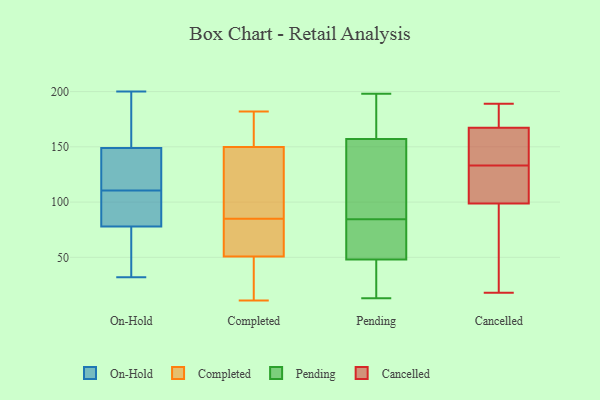
{"axis": {"x": "Budget (USD K)", "y": "Value"}, "legend": ["Cancelled", "Completed", "On-Hold", "Pending"], "data": [{"x": "", "y": 134, "type": "On-Hold"}, {"x": "", "y": 32, "type": "On-Hold"}, {"x": "", "y": 85, "type": "On-Hold"}, {"x": "", "y": 49, "type": "On-Hold"}, {"x": "", "y": 185, "type": "On-Hold"}, {"x": "", "y": 114, "type": "On-Hold"}, {"x": "", "y": 200, "type": "On-Hold"}, {"x": "", "y": 107, "type": "On-Hold"}, {"x": "", "y": 122, "type": "On-Hold"}, {"x": "", "y": 164, "type": "On-Hold"}, {"x": "", "y": 107, "type": "On-Hold"}, {"x": "", "y": 131, "type": "On-Hold"}, {"x": "", "y": 83, "type": "On-Hold"}, {"x": "", "y": 32, "type": "On-Hold"}, {"x": "", "y": 73, "type": "On-Hold"}, {"x": "", "y": 169, "type": "On-Hold"}, {"x": "", "y": 79, "type": "Completed"}, {"x": "", "y": 165, "type": "Completed"}, {"x": "", "y": 29, "type": "Completed"}, {"x": "", "y": 134, "type": "Completed"}, {"x": "", "y": 182, "type": "Completed"}, {"x": "", "y": 117, "type": "Completed"}, {"x": "", "y": 155, "type": "Completed"}, {"x": "", "y": 182, "type": "Completed"}, {"x": "", "y": 158, "type": "Completed"}, {"x": "", "y": 85, "type": "Completed"}, {"x": "", "y": 68, "type": "Completed"}, {"x": "", "y": 11, "type": "Completed"}, {"x": "", "y": 54, "type": "Completed"}, {"x": "", "y": 53, "type": "Completed"}, {"x": "", "y": 130, "type": "Completed"}, {"x": "", "y": 50, "type": "Completed"}, {"x": "", "y": 109, "type": "Completed"}, {"x": "", "y": 26, "type": "Completed"}, {"x": "", "y": 35, "type": "Completed"}, {"x": "", "y": 182, "type": "Pending"}, {"x": "", "y": 136, "type": "Pending"}, {"x": "", "y": 160, "type": "Pending"}, {"x": "", "y": 73, "type": "Pending"}, {"x": "", "y": 48, "type": "Pending"}, {"x": "", "y": 76, "type": "Pending"}, {"x": "", "y": 66, "type": "Pending"}, {"x": "", "y": 114, "type": "Pending"}, {"x": "", "y": 20, "type": "Pending"}, {"x": "", "y": 13, "type": "Pending"}, {"x": "", "y": 100, "type": "Pending"}, {"x": "", "y": 179, "type": "Pending"}, {"x": "", "y": 198, "type": "Pending"}, {"x": "", "y": 157, "type": "Pending"}, {"x": "", "y": 89, "type": "Pending"}, {"x": "", "y": 28, "type": "Pending"}, {"x": "", "y": 30, "type": "Pending"}, {"x": "", "y": 80, "type": "Pending"}, {"x": "", "y": 162, "type": "Cancelled"}, {"x": "", "y": 92, "type": "Cancelled"}, {"x": "", "y": 133, "type": "Cancelled"}, {"x": "", "y": 189, "type": "Cancelled"}, {"x": "", "y": 169, "type": "Cancelled"}, {"x": "", "y": 122, "type": "Cancelled"}, {"x": "", "y": 137, "type": "Cancelled"}, {"x": "", "y": 119, "type": "Cancelled"}, {"x": "", "y": 189, "type": "Cancelled"}, {"x": "", "y": 148, "type": "Cancelled"}, {"x": "", "y": 18, "type": "Cancelled"}, {"x": "", "y": 181, "type": "Cancelled"}, {"x": "", "y": 90, "type": "Cancelled"}, {"x": "", "y": 74, "type": "Cancelled"}, {"x": "", "y": 120, "type": "Cancelled"}]}